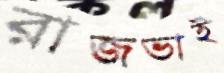
রাজভাই